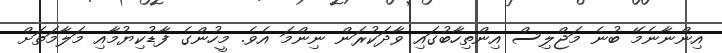
އިންނާނެމޭ ބުނެ މަޖްލިސް އިންތިހާބުގައި ވާދަކުރަން ނިންމަ އެވެ. މީހުންގެ ފާޑުކިޔުމާއި މަލާމަތަށް